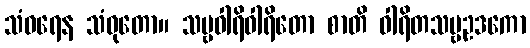
သံဝရေန သံဝုတော။ သဗ္ဗဝါရိဝါရိတော စာတိ ဝါရိတသဗ္ဗဥဒကော